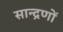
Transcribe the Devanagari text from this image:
सान्द्रणों